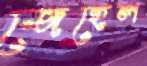
জেহেল